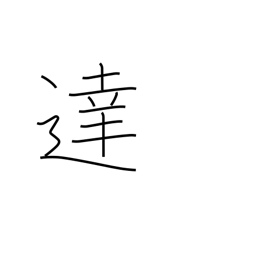
Meaning: reach